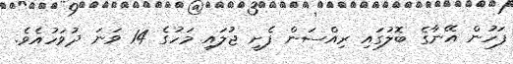
ފަހުން އޭނާގެ ބޮލުގައި ރިއްސަން ފެށީ ޖުލައި މަހުގެ 14 ވަނަ ދުވަހުއެވެ.